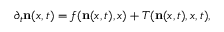
\partial _ { t } \mathbf { n } ( x , t ) = f ( \mathbf { n } ( x , t ) , x ) + T ( \mathbf { n } ( x , t ) , x , t ) ,